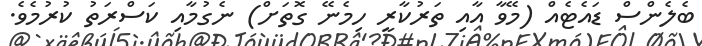
ބެލެންސް ޑައެޓެއް (މޭވާ އާއި ތަރުކާރީ ހިމެނޭ ގޮތަށް) ނެގުމާއި ކަސްރަތު ކުރުމެވެ.